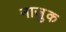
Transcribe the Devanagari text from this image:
नाजु़क